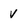
Character: v